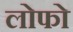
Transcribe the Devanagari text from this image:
लोफो